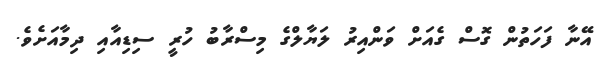
އޭނާ ފަހަތުން ގޮސް ގެއަށް ވަންއިރު ލަޔާލްގެ މިސްރާބު ހުރީ ސިޑިއާއި ދިމާއަށެވެ.